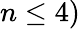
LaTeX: n\leq 4)